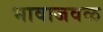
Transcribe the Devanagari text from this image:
भावाजवळ